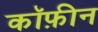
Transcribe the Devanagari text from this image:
कॉफ़ीन